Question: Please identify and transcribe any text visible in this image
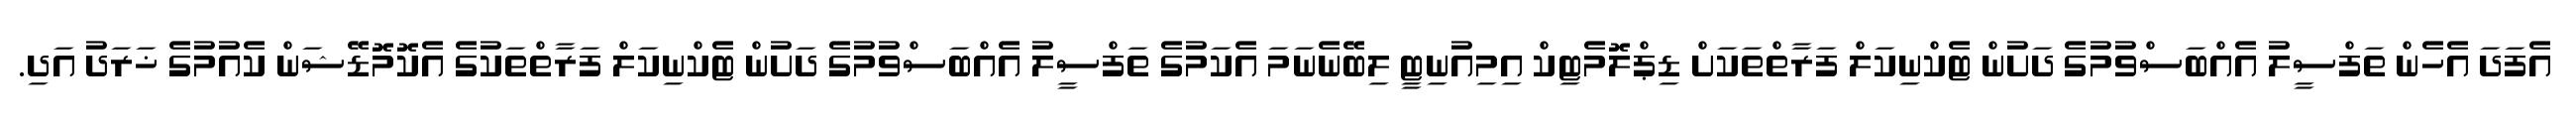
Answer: އެފަދަ އެހެން ތަފްސީލު އެއްބަސްވުމުގެ ދަށުން ޓެކްނިކަލް ފަރާތްތަކަށް ޑިޕްލޮމެޓިކް އިމިއުނިޓީ ލިބޭނެނަމަ އެކަމުގެ ތަފްސީލު އެއްބަސްވުމުގެ ދަށުން ޓެކްނިކަލް ފަރާތްތަކުގެ އެކޮމޮޑޭޝަން ކެއުމުގެ ޚަރަދު އަދި.